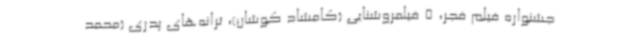
جشنواره فیلم فجر، 5 فیلمروشنایی (کامشاد کوشان)، ترانه‌های پدری (محمد